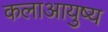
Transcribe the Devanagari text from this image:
कलाआयुष्य